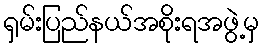
ရှမ်းပြည်နယ်အစိုးရအဖွဲ့မှ